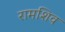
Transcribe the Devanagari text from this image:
रामशिव